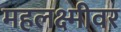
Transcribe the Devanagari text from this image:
महलक्ष्मीवर